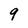
Character: 9